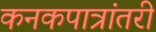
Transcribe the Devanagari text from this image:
कनकपात्रांतरी